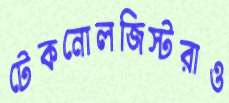
টেকনোলজিস্টরাও